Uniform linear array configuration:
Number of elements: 12
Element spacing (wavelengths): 0.25
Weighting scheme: kaiser
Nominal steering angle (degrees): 15
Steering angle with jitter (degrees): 15.103
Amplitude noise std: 0.05
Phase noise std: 0.05

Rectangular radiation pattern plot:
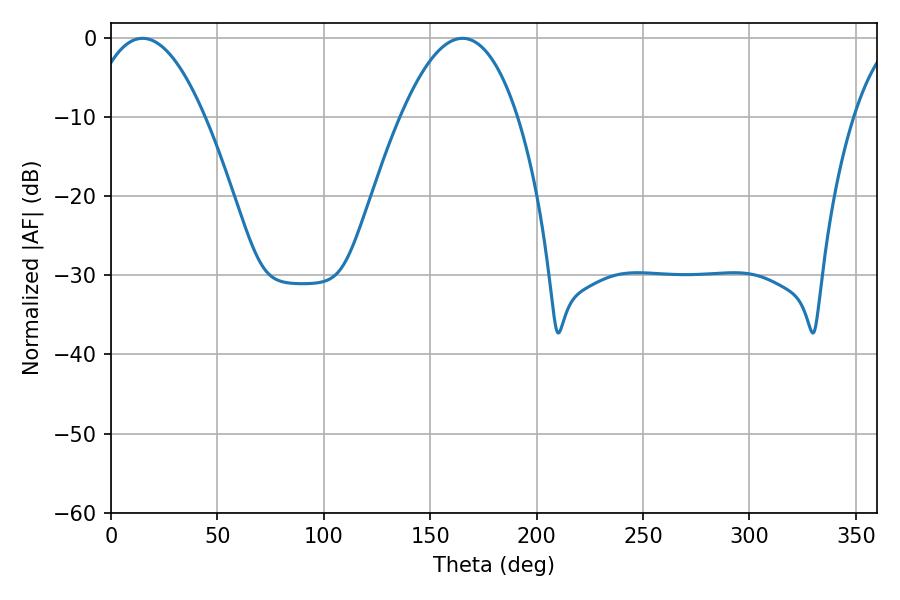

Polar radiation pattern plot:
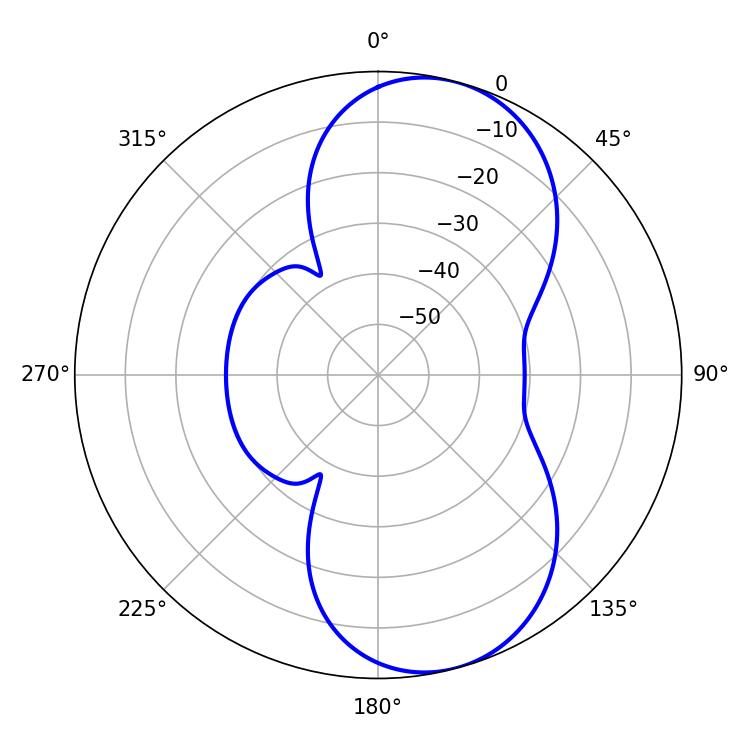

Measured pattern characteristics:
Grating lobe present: FALSE
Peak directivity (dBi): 8.197
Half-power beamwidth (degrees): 30.24
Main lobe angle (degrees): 14.76